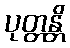
ပုတ္တန္တိ